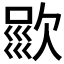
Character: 𣣦